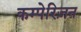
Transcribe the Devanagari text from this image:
कम्पेरिज़न